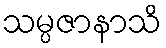
သမ္ပဇာနာသိ